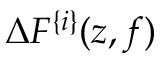
\Delta F ^ { \{ i \} } ( z , f )